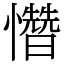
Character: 㦧